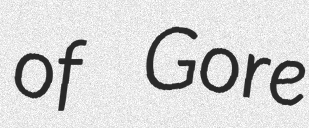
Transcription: of Gore